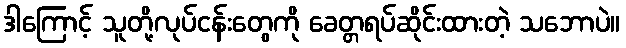
ဒါကြောင့် သူတို့လုပ်ငန်းတွေကို ခေတ္တရပ်ဆိုင်းထားတဲ့ သဘောပဲ။